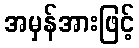
အမှန်အားဖြင့်